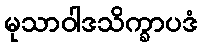
မုသာဝါဒသိက္ခာပဒံ